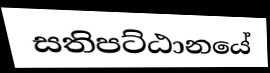
සතිපට්ඨානයේ